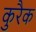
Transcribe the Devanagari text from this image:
कुरैक